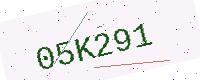
Text: 05K291